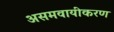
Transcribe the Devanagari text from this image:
असमवायीकरण